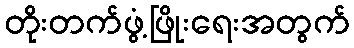
တိုးတက်ဖွံ့ဖြိုးရေးအတွက်